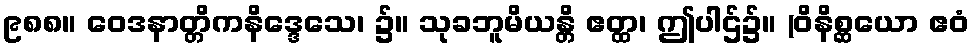
၉၈၈။ ဝေဒနာတ္တိကနိဒ္ဒေသေ၊ ၌။ သုခဘူမိယန္တိ ဧတ္ထ၊ ဤပါဌ်၌။ (ဝိနိစ္ဆယော ဧဝံ